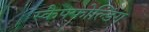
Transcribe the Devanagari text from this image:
स्कैफ्फोल्डिंग